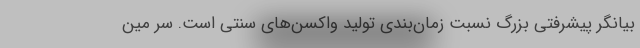
بیانگر پیشرفتی بزرگ نسبت زمان‌بندی تولید واکسن‌های سنتی است. سر مین